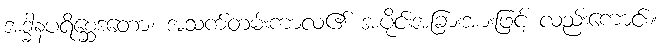
အဒ္ဓါနပရိစ္ဆေဒတော၊ အသက်တမ်းကာလ၏ အပိုင်းအခြားအားဖြင့် လည်းကောင်း။